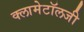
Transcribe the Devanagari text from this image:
क्लामेटॉलजी